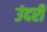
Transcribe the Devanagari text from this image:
उंदरी